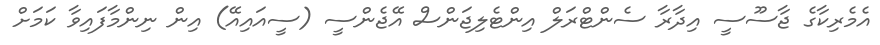
އެމެރިކާގެ ޖާސޫސީ އިދާރާ ސެންޓްރަލް އިންޓެލިޖަންސް އޭޖެންސީ (ސީއައިއޭ) އިން ނިންމާފައިވާ ކަމަށް